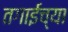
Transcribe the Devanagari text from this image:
तगाईच्या